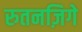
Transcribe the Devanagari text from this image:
रुतनज़िगे